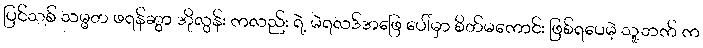
ပြင်သစ် သမ္မတ ဖရန်ဆွာ အိုလွန်း ကလည်း ရဲ့ မဲရလဒ်အဖြေ ပေါ်မှာ စိတ်မကောင်း ဖြစ်ရပေမဲ့ သူ့ဘက် က